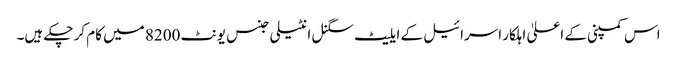
اس کمپنی کے اعلیٰ اہلکار اسرائیل کے ایلیٹ سگنل انٹیلی جنس یونٹ 8200 میں کام کر چکے ہیں۔